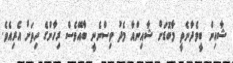
ޝާއިން ބީވެދާނެތީ މާބޮޑަށް ޝާއިންއާ މެދު ވިސްނެނީ ބާއޭވެސް ރިހާންގެ ހިތަށް އެރިއެވެ.